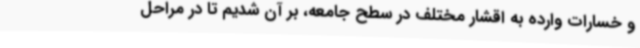
و خسارات وارده به اقشار مختلف در سطح جامعه، بر آن شدیم تا در مراحل